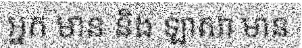
អ្នក មាន និង ឡាសា មាន